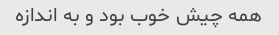
همه چیش خوب بود و به اندازه